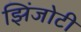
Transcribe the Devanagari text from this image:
झिंजोटी